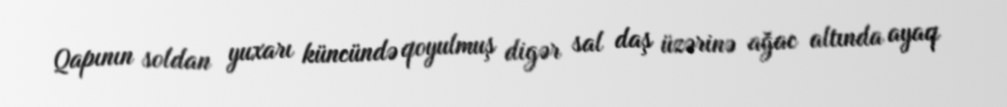
Qapının soldan yuxarı küncündə qoyulmuş digər sal daş üzərinə ağac altında ayaq